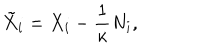
\tilde { X } _ { i } = X _ { i } - \frac 1 \kappa N _ { i } ,